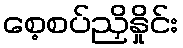
စေ့စပ်ညှိနှိုင်း